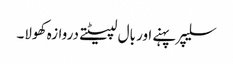
سلیپر پہنے اور بال لپیٹتے دروازہ کھولا۔